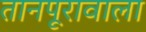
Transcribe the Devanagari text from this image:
तानपूरावाला